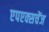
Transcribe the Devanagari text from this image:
एपएक्सचेंज